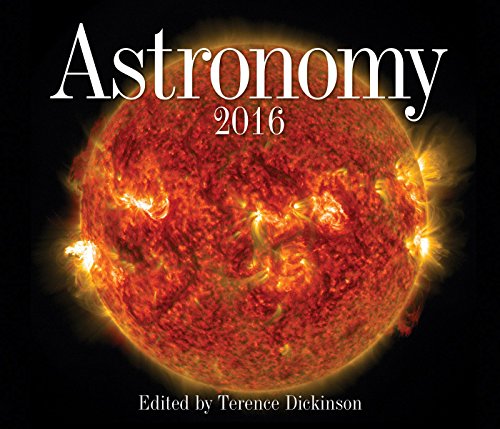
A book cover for Astronomy 2016; Calendars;